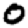
Digit: 0